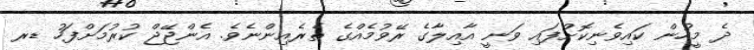
ދެ މީހުން ކައިވެނިކޮށްފައި ވަނީ އާއިލާގެ ރޭވުމެއްގެ ތެރެއިންނެވެ. އެންޖޭޖް ކުރުމަށްފަހު ޑރ